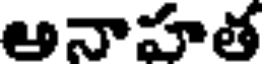
అనాహత